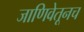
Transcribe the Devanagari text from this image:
जाणिवेतूनच